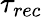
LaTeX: \tau_{rec}